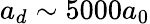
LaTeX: a_{d}\sim 5000a_{0}